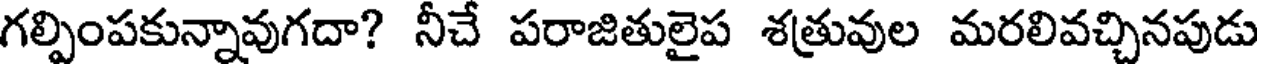
గల్పింపకున్నావుగదా? నీచే పరాజితులైప శత్రువుల మరలివచ్చినపుడు